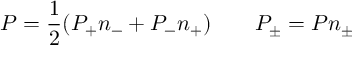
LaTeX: P = \frac { 1 } { 2 } ( P _ { + } n _ { - } + P _ { - } n _ { + } ) \qquad P _ { \pm } = P n _ { \pm }